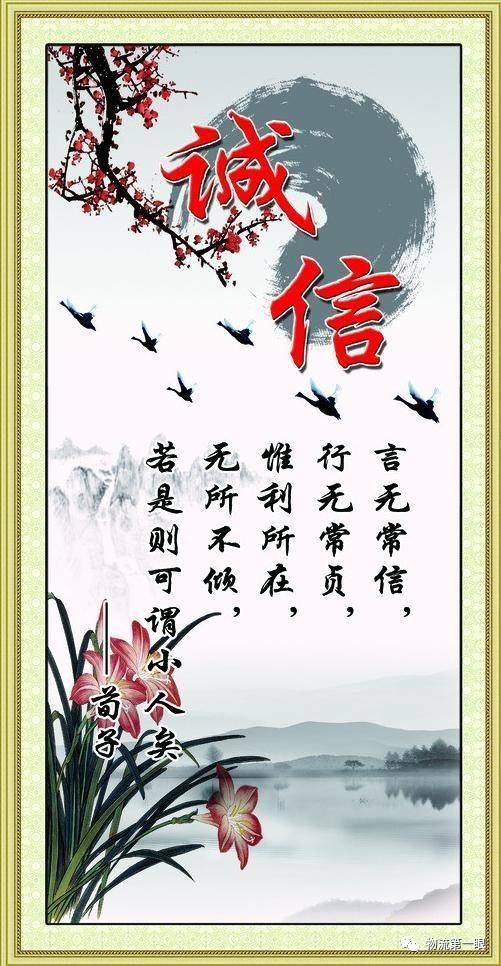
君子养心莫善于诚。